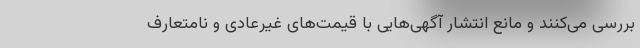
بررسی می‌کنند و مانع انتشار آگهی‌هایی با قیمت‌های غیرعادی و نامتعارف